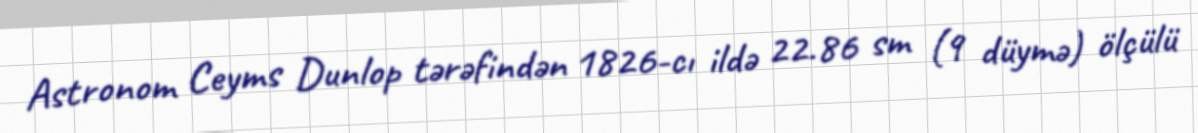
Astronom Ceyms Dunlop tərəfindən 1826-cı ildə 22.86 sm (9 düymə) ölçülü